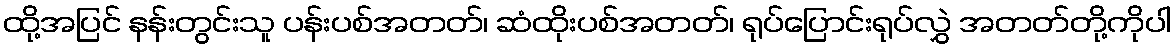
ထို့အပြင် နန်းတွင်းသူ ပန်းပစ်အတတ်၊ ဆံထိုးပစ်အတတ်၊ ရုပ်ပြောင်းရုပ်လွှဲ အတတ်တို့ကိုပါ